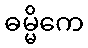
ဓမ္မိကေ